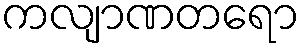
ကလျာဏတရော